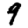
Digit: 9